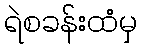
ရဲစခန်းထံမှ